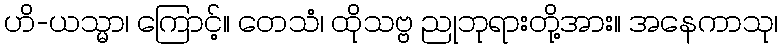
ဟိ-ယသ္မာ၊ ကြောင့်။ တေသံ၊ ထိုသဗ္ဗ ညုဘုရားတို့အား။ အနေကာသု၊